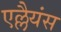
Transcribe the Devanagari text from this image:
एल्लैयंस